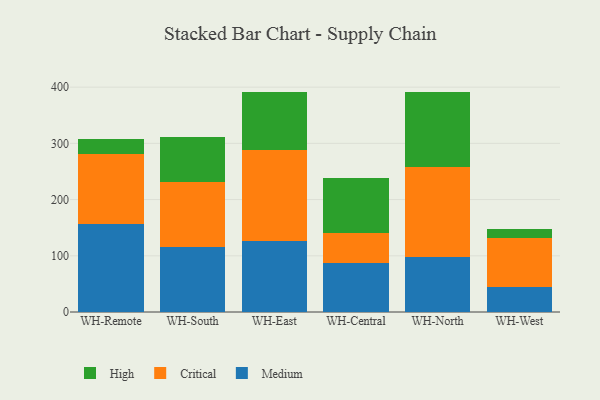
{"axis": {"x": "Warehouse", "y": "Latency (ms)"}, "legend": ["Critical", "High", "Medium"], "data": [{"x": "WH-Remote", "y": 157.0, "type": "Medium"}, {"x": "WH-Remote", "y": 123.9, "type": "Critical"}, {"x": "WH-Remote", "y": 27.6, "type": "High"}, {"x": "WH-South", "y": 114.9, "type": "Medium"}, {"x": "WH-South", "y": 115.8, "type": "Critical"}, {"x": "WH-South", "y": 81.2, "type": "High"}, {"x": "WH-East", "y": 126.9, "type": "Medium"}, {"x": "WH-East", "y": 162.1, "type": "Critical"}, {"x": "WH-East", "y": 102.8, "type": "High"}, {"x": "WH-Central", "y": 87.8, "type": "Medium"}, {"x": "WH-Central", "y": 52.1, "type": "Critical"}, {"x": "WH-Central", "y": 97.9, "type": "High"}, {"x": "WH-North", "y": 97.5, "type": "Medium"}, {"x": "WH-North", "y": 160.5, "type": "Critical"}, {"x": "WH-North", "y": 134.1, "type": "High"}, {"x": "WH-West", "y": 44.5, "type": "Medium"}, {"x": "WH-West", "y": 87.6, "type": "Critical"}, {"x": "WH-West", "y": 16.0, "type": "High"}]}